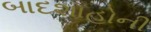
બાદશાહોની